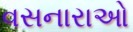
વસનારાઓ